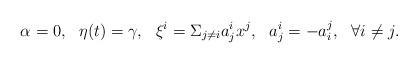
LaTeX: \begin{align*} \alpha=0, \ \ \eta(t)=\gamma, \ \ \xi^i=\Sigma_{j\not=i}a^i_jx^j, \ \ a^i_j=-a^j_i, \ \ \forall i\not=j. \end{align*}